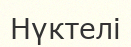
Нүктелі